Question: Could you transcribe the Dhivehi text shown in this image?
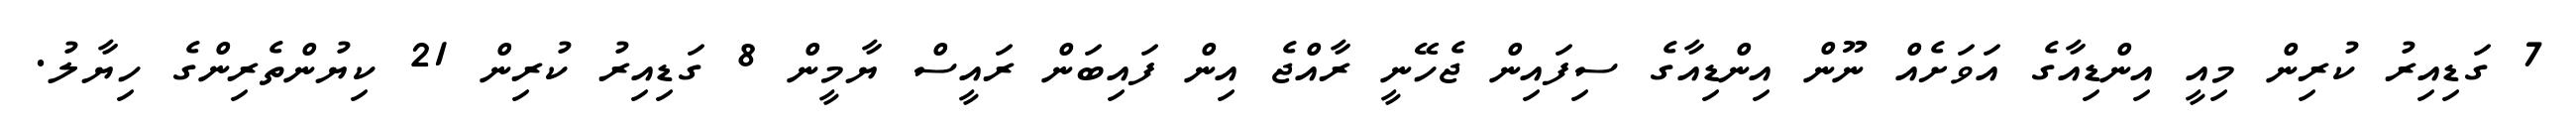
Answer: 7 ގަޑިއިރު ކުރިން މިއީ އިންޑިއާގެ އަވަށެއް ނޫން އިންޑިއާގެ ސިފައިން ޖެހޭނީ ރާއްޖެ އިން ފައިބަން ރައީސް ޔާމީން 8 ގަޑިއިރު ކުރިން 21 ކިޔުންތެރިންގެ ހިޔާލު.